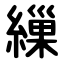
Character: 繅